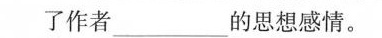
了作者___的思想感情。